NAE_ERA_R-1765_ENSV_Kirjanike_Liit_1945-1955, lk 19
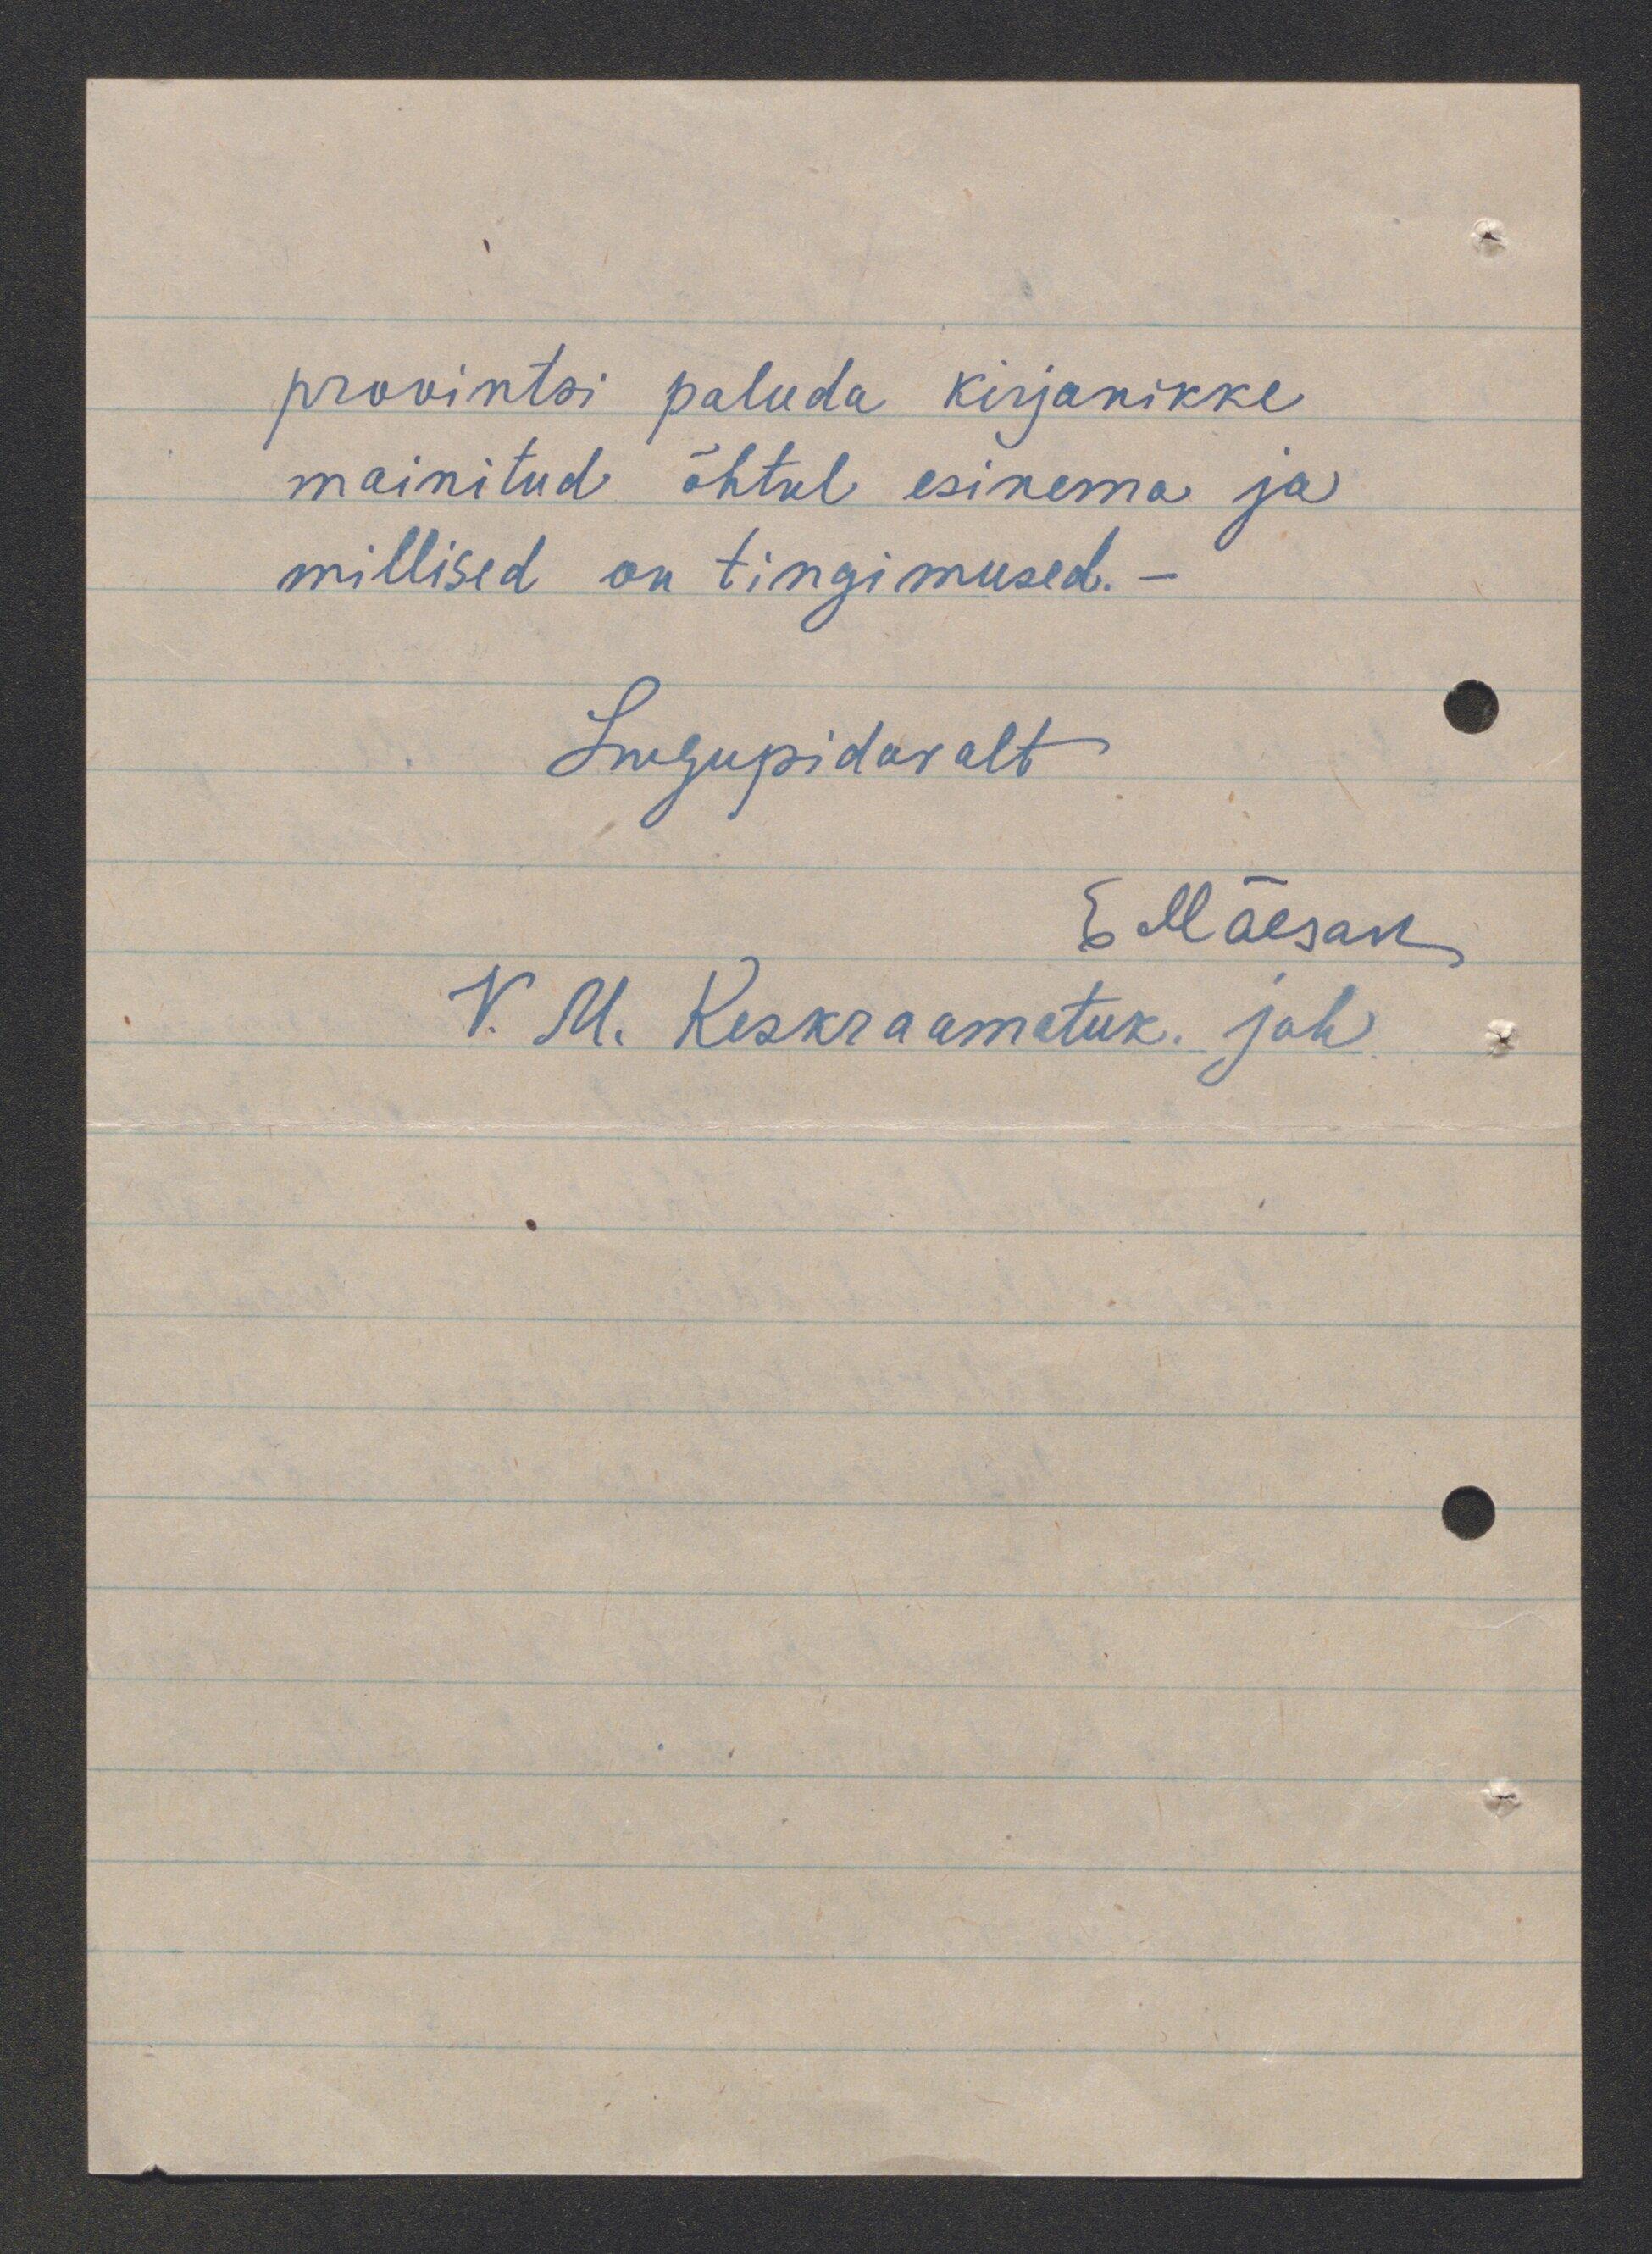
provintsi paluda kirjanikke
mainitud õhtul esinema ja
millised on tingimused.
Lugupidavalt
V. M. Keskraametuk. juh.